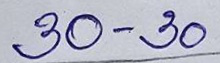
30 - 30